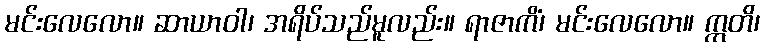
မင်းလေလော။ ဆာယာဝါ၊ အရိပ်သည်မူလည်း။ ရာဇာကိံ၊ မင်းလေလော။ ဣတိ၊